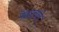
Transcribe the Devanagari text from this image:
केंद्रातले